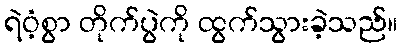
ရဲဝံ့စွာ တိုက်ပွဲကို ထွက်သွားခဲ့သည်။